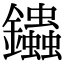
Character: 𨰍